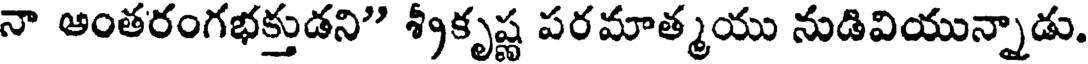
నా ఆంతరంగభక్తుడని" శ్రీకృష్ణ పరమాత్మయు నుడివియున్నాడు.